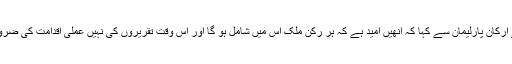
انھوں نے ارکان پارلیمان سے کہا کہ انھیں امید ہے کہ ہر رکن ملک اس میں شامل ہو گا اور اس وقت تقریروں کی نہیں عملی اقدامت کی ضرورت ہے۔